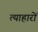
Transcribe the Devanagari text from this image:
त्याहारों